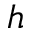
h